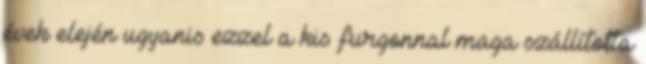
évek elején ugyanis ezzel a kis furgonnal maga szállította